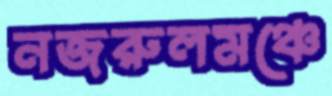
নজরুলমঞ্চে